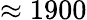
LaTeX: \approx 1900